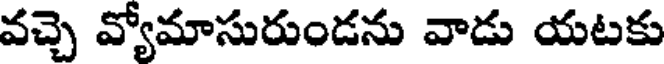
వచ్చె వ్యోమాసురుండను వాడు యటకు